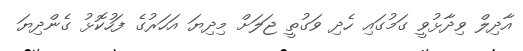
އާދިލް ވިދާޅުވީ ގަމުގައި ހެދި ވަގުތީ ޖަލަށް މިދިޔަ އަހަރުގެ ފަހުކޮޅު ގެންދިޔަ